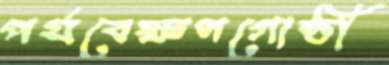
পর্যবেক্ষণগোষ্ঠী